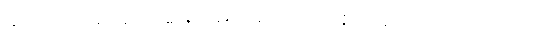
ခင်ဗျား အနည်းဆုံး မေမေ့ကို လိပ်စာ ပြောပြသင့်တယ်။